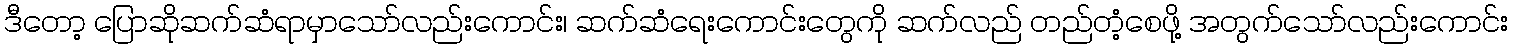
ဒီတော့ ပြောဆိုဆက်ဆံရာမှာသော်လည်းကောင်း၊ ဆက်ဆံရေးကောင်းတွေကို ဆက်လည် တည်တံ့စေဖို့ အတွက်သော်လည်းကောင်း